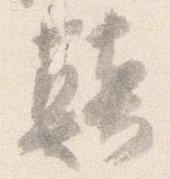
顛